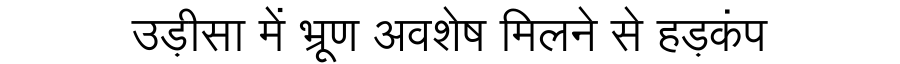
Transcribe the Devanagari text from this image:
उड़ीसा में भ्रूण अवशेष मिलने से हड़कंप